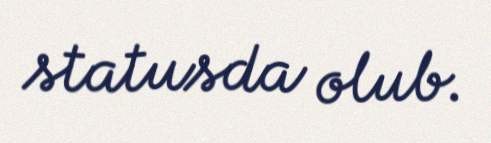
statusda olub.